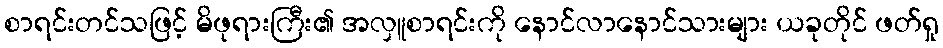
စာရင်းတင်သဖြင့် မိဖုရားကြီး၏ အလှူစာရင်းကို နောင်လာနောင်သားများ ယခုတိုင် ဖတ်ရှု